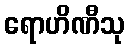
ရောဟိဏီသု